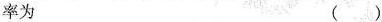
率为 ()